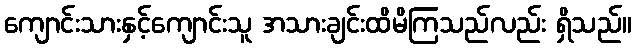
ကျောင်းသားနှင့်ကျောင်းသူ အသားချင်းထိမိကြသည်လည်း ရှိသည်။